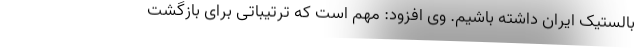
بالستیک ایران داشته باشیم. وی افزود: مهم است که ترتیباتی برای بازگشت